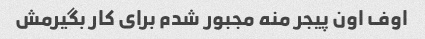
اوف اون پیجر منه مجبور شدم برای کار بگیرمش